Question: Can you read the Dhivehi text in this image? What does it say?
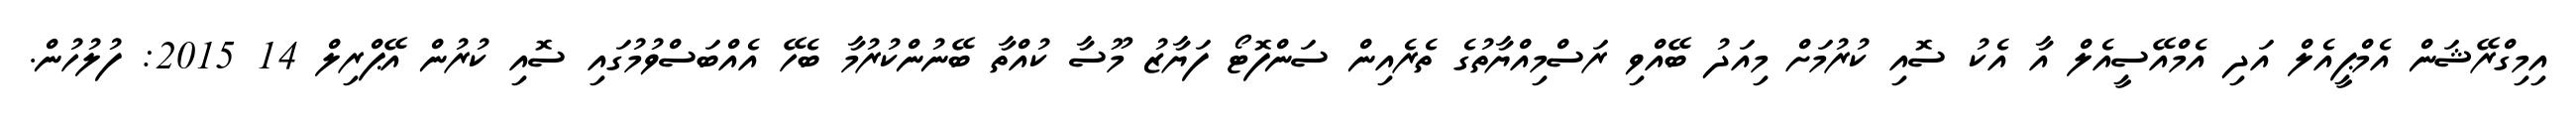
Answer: އިމިގްރޭޝަން އެމްޕީއެލް އަދި އެމްއޭސީއެލް އާ އެކު ސޮއި ކުރުމަށް މިއަދު ބޭއްވި ރަސްމިއްޔާތުގެ ތެރެއިން ސަންފޮޓޯ ފަޔާޒު މޫސާ ކުއްތާ ބޭނުންކުރުމާ ބެހޭ އެއްބަސްވުމުގައި ސޮއި ކުރުން އޭޕްރިލް 14 2015: ފުލުހުން.